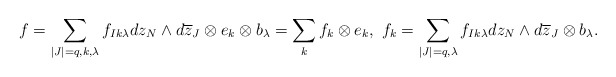
\begin{align*} f=\sum_{|J|=q,k,\lambda}f_{Ik\lambda}dz_N\wedge d\overline{z}_J\otimes e_k\otimes b_\lambda=\sum_k f_k \otimes e_k, \,\,f_k=\sum_{|J|=q,\lambda}f_{Ik\lambda}dz_N\wedge d\overline{z}_J\otimes b_\lambda. \end{align*}